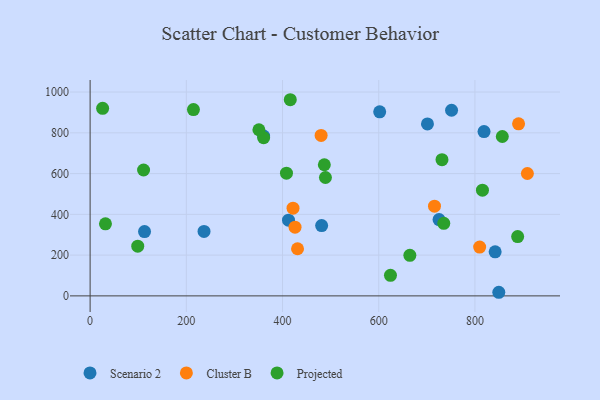
{"axis": {"x": "Experience", "y": "Rating"}, "legend": ["Cluster B", "Projected", "Scenario 2"], "data": [{"x": "751.4", "y": 910.7, "type": "Scenario 2"}, {"x": "236.8", "y": 316.4, "type": "Scenario 2"}, {"x": "360.7", "y": 784.3, "type": "Scenario 2"}, {"x": "725.4", "y": 374.4, "type": "Scenario 2"}, {"x": "701.3", "y": 843.5, "type": "Scenario 2"}, {"x": "113.1", "y": 315.6, "type": "Scenario 2"}, {"x": "602.0", "y": 902.8, "type": "Scenario 2"}, {"x": "849.6", "y": 17.7, "type": "Scenario 2"}, {"x": "481.3", "y": 345.0, "type": "Scenario 2"}, {"x": "818.9", "y": 806.1, "type": "Scenario 2"}, {"x": "842.0", "y": 216.0, "type": "Scenario 2"}, {"x": "412.4", "y": 371.3, "type": "Scenario 2"}, {"x": "809.8", "y": 239.5, "type": "Cluster B"}, {"x": "909.0", "y": 600.5, "type": "Cluster B"}, {"x": "715.9", "y": 439.9, "type": "Cluster B"}, {"x": "480.2", "y": 787.1, "type": "Cluster B"}, {"x": "421.8", "y": 430.3, "type": "Cluster B"}, {"x": "890.7", "y": 844.0, "type": "Cluster B"}, {"x": "431.2", "y": 231.3, "type": "Cluster B"}, {"x": "426.0", "y": 336.9, "type": "Cluster B"}, {"x": "624.4", "y": 100.9, "type": "Projected"}, {"x": "486.9", "y": 643.3, "type": "Projected"}, {"x": "731.5", "y": 668.3, "type": "Projected"}, {"x": "888.8", "y": 290.9, "type": "Projected"}, {"x": "360.7", "y": 776.3, "type": "Projected"}, {"x": "408.2", "y": 602.0, "type": "Projected"}, {"x": "489.2", "y": 580.8, "type": "Projected"}, {"x": "664.7", "y": 199.1, "type": "Projected"}, {"x": "111.1", "y": 617.5, "type": "Projected"}, {"x": "735.2", "y": 356.1, "type": "Projected"}, {"x": "416.1", "y": 962.4, "type": "Projected"}, {"x": "31.9", "y": 353.7, "type": "Projected"}, {"x": "815.6", "y": 518.6, "type": "Projected"}, {"x": "99.0", "y": 244.0, "type": "Projected"}, {"x": "856.9", "y": 782.0, "type": "Projected"}, {"x": "26.0", "y": 920.0, "type": "Projected"}, {"x": "214.8", "y": 914.1, "type": "Projected"}, {"x": "350.9", "y": 815.2, "type": "Projected"}]}